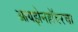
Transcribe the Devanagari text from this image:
आयझेनहॉवरचा